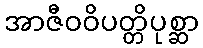
အာဇီဝဝိပတ္တိပုစ္ဆာ